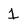
Character: 1